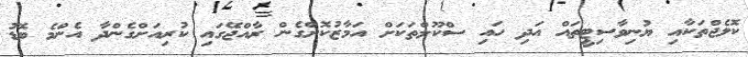
ކޮލެޖްތަކާއި ޔުނިވާސިޓީތައް އަދި ހައި ސްކޫލްތަކަށް އަމާޒުކޮށްގެން ރާއްޖޭގައި ކުރިއަށްގެންދާ އެންމެ ބޮޑު